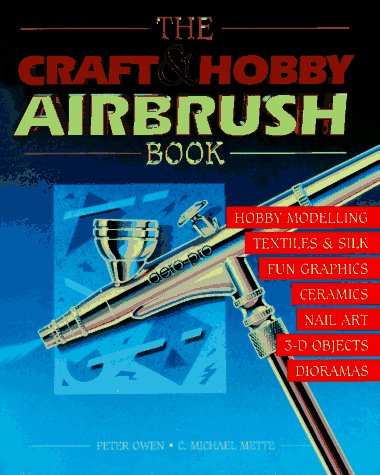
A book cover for The Craft & Hobby Airbrush Book; Peter Owen; Arts & Photography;